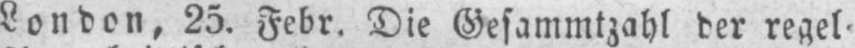
London, 25. Febr. Die Gesammtzahl der regel⸗